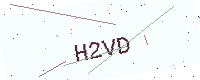
Text: H2VD